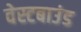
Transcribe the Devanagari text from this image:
वेस्टबाउंड